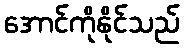
အောင်ကိုနိုင်သည်